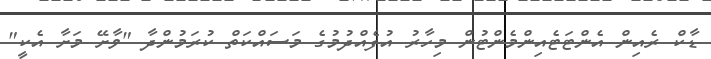
ޑާކް ރެއިން އެންޓަޓެއިންމެންޓުން މިހާރު އުފެއްދުމުގެ މަސައްކަތް ކުރަމުންދާ "ވާށޭ މަށާ އެކީ"